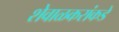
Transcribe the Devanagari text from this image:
शेवाळकरांकडे